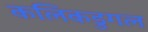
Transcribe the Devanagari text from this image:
कलिकडुगल